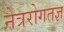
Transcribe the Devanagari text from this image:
नेत्ररोगतज्ञ